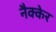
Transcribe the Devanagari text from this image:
नैक्केर